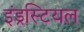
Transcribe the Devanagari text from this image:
इंड्रस्टियल